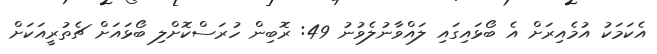
އެކަމަކު އުމެއިރަށް އެ ބޯޅައިގައި ލައްވާނުލެވުނު 49: ރޮބިން ހުރަސްކޮށްލި ބޯޅައަށް ޗެތުރީއަކަށް